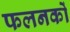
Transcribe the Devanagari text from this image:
फलनकों